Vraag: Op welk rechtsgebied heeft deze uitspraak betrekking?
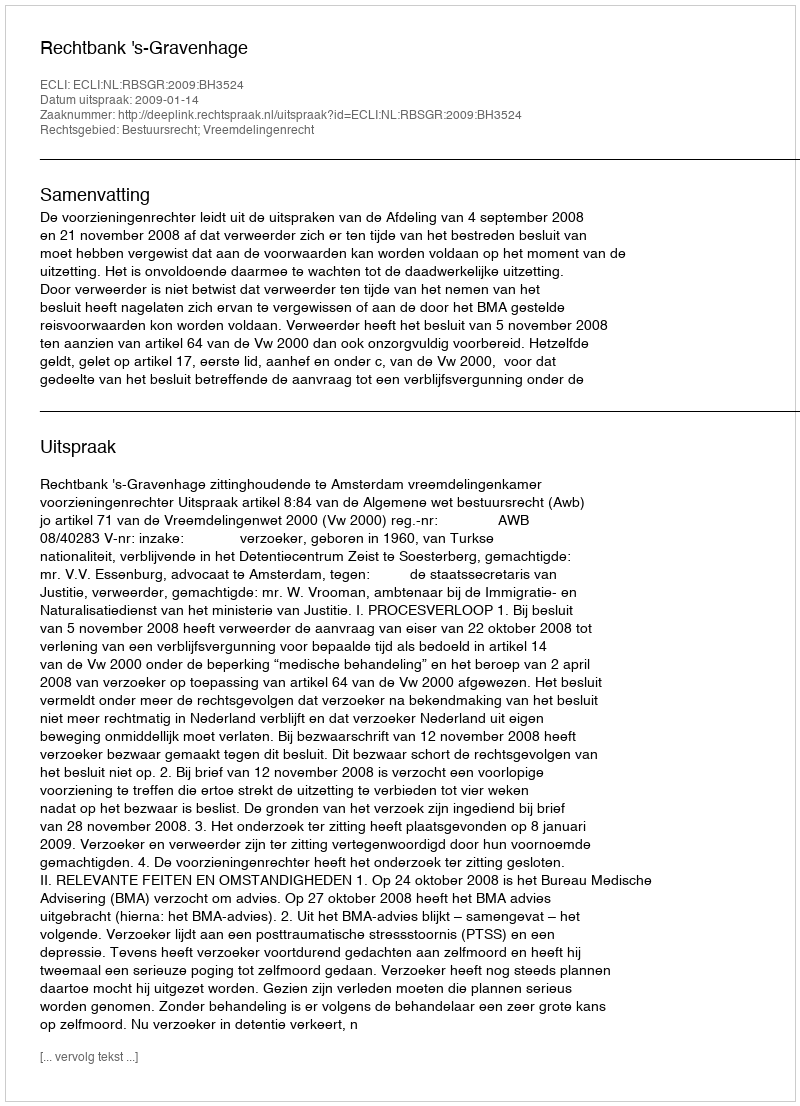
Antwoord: Bestuursrecht; Vreemdelingenrecht